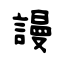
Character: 謾